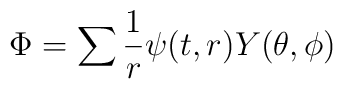
\Phi =\sum \displaystyle\frac{1}{r}\psi (t,r)Y(\theta ,\phi )